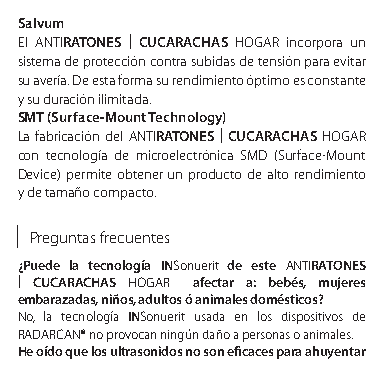
Salvum
 El ANTIRATONES | CUCARACHAS HOGAR incorpora un
 sistema de protección contra subidas de tensión para evitar
 su avería. De esta forma su rendimiento óptimo es constante
 y su duración ilimitada.
 SMT (Surface-Mount Technology)
 La fabricación del ANTIRATONES | CUCARACHAS HOGAR
 con tecnología de microelectrónica SMD (Surface-Mount
 Device) permite obtener un producto de alto rendimiento
 y de tamaño compacto.
 Preguntas frecuentes
 ¿Puede la tecnología INSonuerit de este ANTIRATONES
 | CUCARACHAS HOGAR afectar a: bebés, mujeres
 embarazadas, niños, adultos ó animales domésticos?
 No, la tecnología INSonuerit usada en los dispositivos de
 RADARCAN® no provocan ningún daño a personas o animales.
 He oído que los ultrasonidos no son eficaces para ahuyentar